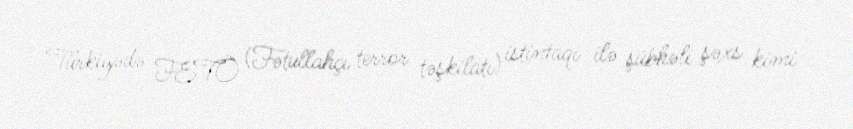
Türkiyədə FETÖ (Fətullahçı terror təşkilatı) istintaqı ilə şübhəli şəxs kimi